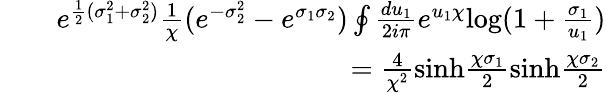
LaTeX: \begin{array}{rlr}&{}&{e^{\frac{1}{2}(\sigma_{1}^{2}+\sigma_{2}^{2})}\frac{1}{\chi}(e^{-\sigma_{2}^{2}}-e^{\sigma_{1}\sigma_{2}})\oint\frac{du_{1}}{2i\pi}e^{u_{1}\chi}\mathrm{log}(1+\frac{\sigma_{1}}{u_{1}})}\\ &{}&{=\frac{4}{\chi^{2}}\mathrm{sinh}\frac{\chi\sigma_{1}}{2}\mathrm{sinh}\frac{\chi\sigma_{2}}{2}}\end{array}